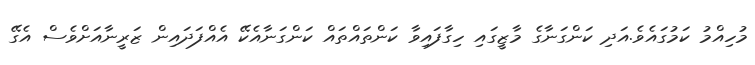
މުހިއްމު ކަމުގައެވެ.އަދި ކަންގަނާގެ މާޒީގައި ހިގާފައިވާ ކަންތައްތައް ކަންގަނާއެކޭ އެއްފަދައިން ޒަރީނާއަށްވެސް އެގޭ